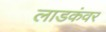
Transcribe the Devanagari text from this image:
लाडकंवर